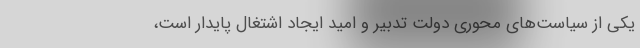
یکی از سیاست‌های محوری دولت تدبیر و امید ایجاد اشتغال پایدار است،